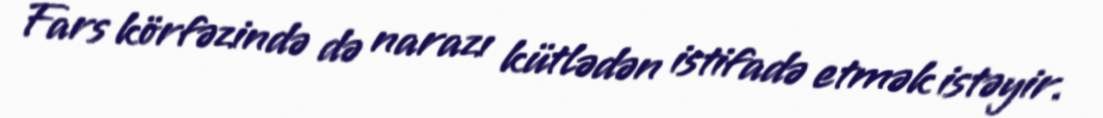
Fars körfəzində də narazı kütlədən istifadə etmək istəyir.